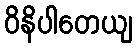
ဝိနိပါတေယျ